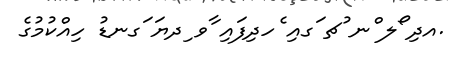
.އދި ޯލ ްނ ުޗ ަގއި ެހދިފައި ާވ ިދޔަ ަގނޑު ހިއްކުމުގެ